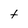
Character: t